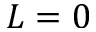
L = 0